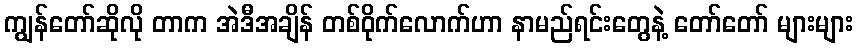
ကျွန်တော်ဆိုလို တာက အဲဒီအချိန် တစ်ဝိုက်လောက်ဟာ နာမည်ရင်းတွေနဲ့ တော်တော် များများ